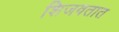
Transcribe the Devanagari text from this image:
शिजवतात